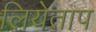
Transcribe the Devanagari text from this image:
लियेताप